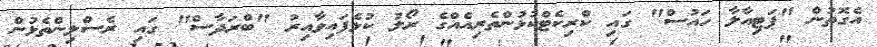
އެގޮތުން "ޕަޓިއާލާ ހައުސް" ގައި ކްރިކެޓްކުޅުންތެރިއެއްގެ ރޯލު ކުޅެފައިވާއިރު "ބްރަދާސް" ގައި ރެސްލިންތެޅުން